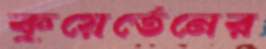
কুয়ের্তেনের